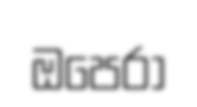
ඔපෙරා